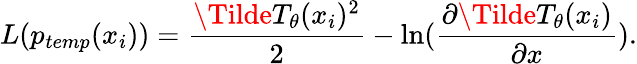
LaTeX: L(p_{temp}(x_{i}))=\frac{\Tilde{T}_{\theta}(x_{i})^{2}}{2}-\ln(\frac{\partial\Tilde{T}_{\theta}(x_{i})}{\partial x}).